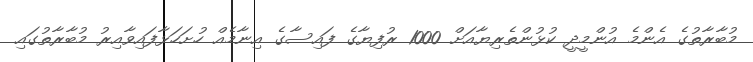
މުބާރާތުގެ އެންމެ އުންމީދީ ކުޅުންތެރިޔާއަށް 1000 ރުފިޔާގެ ފައިސާގެ އިނާމެއް ހުށަހަޅާފައިވާއިރު މުބާރާތުގައި